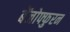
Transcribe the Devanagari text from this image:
बेंजोफ्फुरन